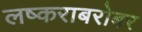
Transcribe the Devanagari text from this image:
लष्कराबरोबर